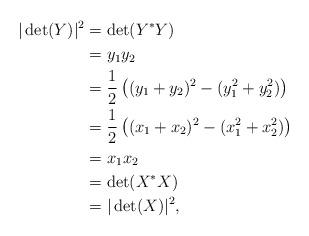
LaTeX: \begin{align*}|\det(Y)|^2 &= \det (Y^* Y)\\&= y_1 y_2 \\&= \frac{1}{2} \left((y_1 + y_2)^2 - (y_1^2 + y_2^2)\right)\\ &= \frac{1}{2} \left((x_1 + x_2)^2 - (x_1^2 + x_2^2)\right)\\ &= x_1 x_2\\ &= \det (X^* X)\\ &= |\det(X)|^2,\end{align*}